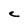
Character: C